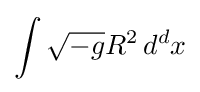
\int {\sqrt {-g}}R^{2}\,d^{d}x